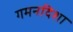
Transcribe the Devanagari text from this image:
गमनदिशा